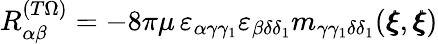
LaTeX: {R}_{\alpha\beta}^{(T\Omega)}=-8\pi\mu\, \varepsilon_{\alpha\gamma\gamma_{1}}\varepsilon_{\beta\delta\delta_{1}}m_{\gamma\gamma_{1}\delta\delta_{1}}({\pmb\xi},{\pmb\xi})